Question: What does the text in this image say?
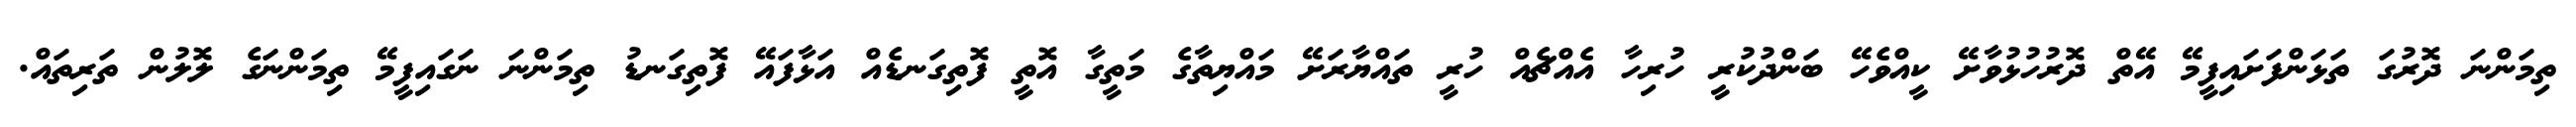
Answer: ތިމަންނަ ދޮރުގަ ތަޅަންފަށައިފީމޭ އޭތް ދޮރުހުޅުވާށޭ ކީއްވެހޭ ބަންދުކުރީ ހުރިހާ އެއްޗެއް ހުރީ ތައްޔާރަށޭ މައްޔިތާގެ މަތީގާ އޮތީ ފޮތިގަނޑެއް އަޅާފައޭ ފޮތިގަނޑު ތިމަންނަ ނަގައިފީމޭ ތިމަންނަގެ ލޮލުން ތަރިތައް.